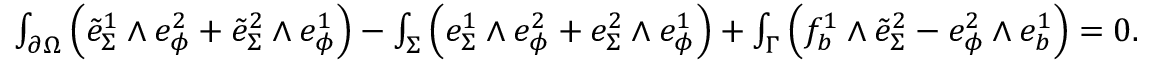
\begin{array} { r } { \int _ { \partial \Omega } \Big ( \tilde { e } _ { \Sigma } ^ { 1 } \wedge e _ { \phi } ^ { 2 } + \tilde { e } _ { \Sigma } ^ { 2 } \wedge e _ { \phi } ^ { 1 } \Big ) - \int _ { \Sigma } \Big ( e _ { \Sigma } ^ { 1 } \wedge e _ { \phi } ^ { 2 } + e _ { \Sigma } ^ { 2 } \wedge e _ { \phi } ^ { 1 } \Big ) + \int _ { \Gamma } \Big ( f _ { b } ^ { 1 } \wedge \tilde { e } _ { \Sigma } ^ { 2 } - e _ { \phi } ^ { 2 } \wedge e _ { b } ^ { 1 } \Big ) = 0 . } \end{array}